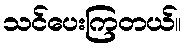
သင်ပေးကြတယ်။